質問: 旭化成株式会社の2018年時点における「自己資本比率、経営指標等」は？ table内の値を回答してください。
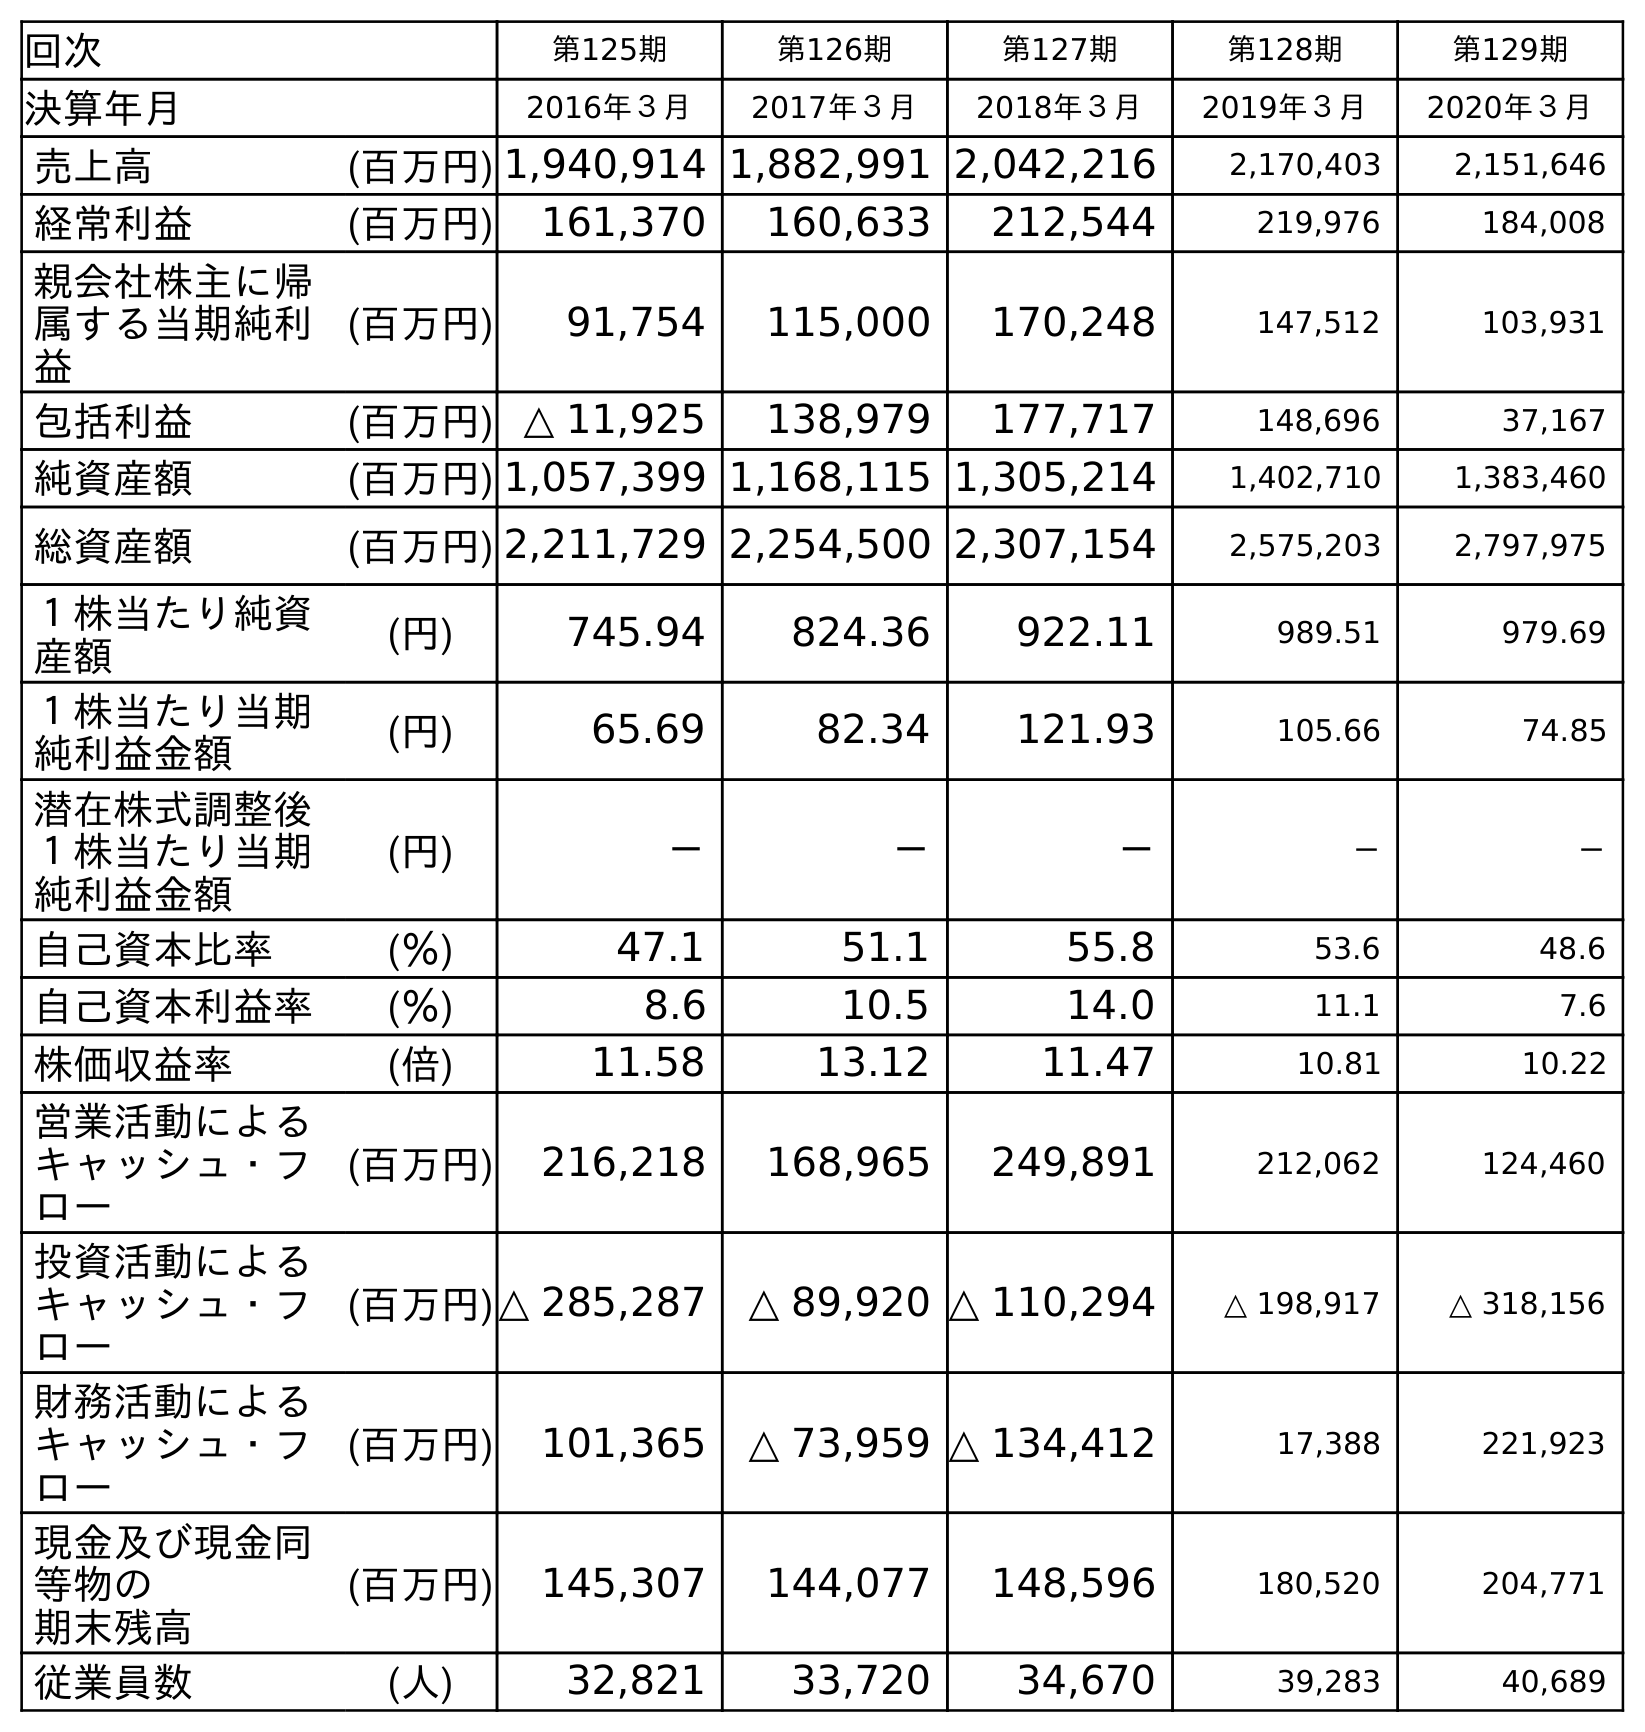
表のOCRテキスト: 回次 第125期 第126期 第127期 第128期 第129期 決算年月 2016年３月 2017年３月 2018年３月 2019年３月 2020年３月 売上高 (百万円) 1,940,914 1,882,991 2,042,216 2,170,403 2,151,646 経常利益 (百万円) 161,370 160,633 212,544 219,976 184,008 親会社株主に帰 属する当期純利 益 (百万円) 91,754 115,000 170,248 147,512 103,931 包括利益 (百万円) △ 11,925 138,979 177,717 148,696 37,167 純資産額 (百万円) 1,057,399 1,168,115 1,305,214 1,402,710 1,383,460 総資産額 (百万円) 2,211,729 2,254,500 2,307,154 2,575,203 2,797,975 １株当たり純資 産額 (円) 745.94 824.36 922.11 989.51 979.69 １株当たり当期 純利益金額 (円) 65.69 82.34 121.93 105.66 74.85 潜在株式調整後 １株当たり当期 純利益金額 (円) － － － － － 自己資本比率 (％) 47.1 51.1 55.8 53.6 48.6 自己資本利益率 (％) 8.6 10.5 14.0 11.1 7.6 株価収益率 (倍) 11.58 13.12 11.47 10.81 10.22 営業活動による キャッシュ・フ ロー (百万円) 216,218 168,965 249,891 212,062 124,460 投資活動による キャッシュ・フ ロー (百万円)△ 285,287 △ 89,920 △ 110,294 △ 198,917 △ 318,156 財務活動による キャッシュ・フ ロー (百万円) 101,365 △ 73,959 △ 134,412 17,388 221,923 現金及び現金同 等物の 期末残高 (百万円) 145,307 144,077 148,596 180,520 204,771 従業員数 (人) 32,821 33,720 34,670 39,283 40,689
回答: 55.8